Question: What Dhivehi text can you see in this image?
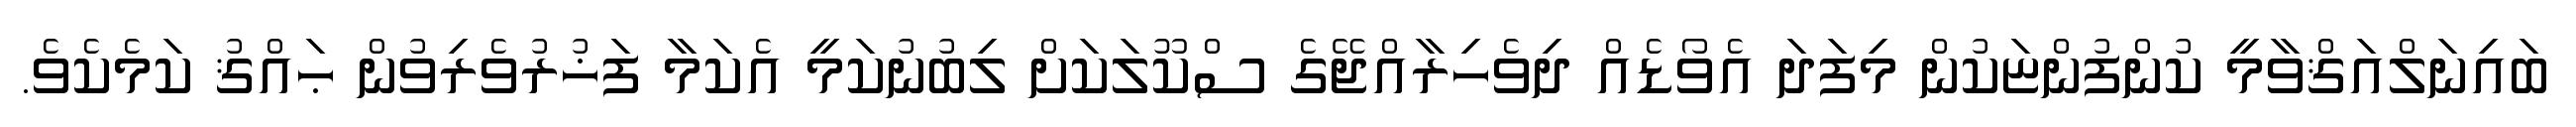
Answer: ބައިނަލްއަޤްވާމީ ކުންފުންޏަކުން މިފަދަ އެވޯޑެއް ދިވެހިރާއްޖޭގެ ސްކޫލަކަށް ލިބުނުކަމީ އެކަމާ ފަޚުރުވެރިވުން ޙައްޤު ކަމެކެވެ.